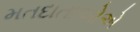
મતદાતાઓએ